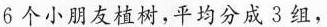
6个小朋友植树，平均分成3组，